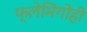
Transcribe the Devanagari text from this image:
फ्लेमिंगोही